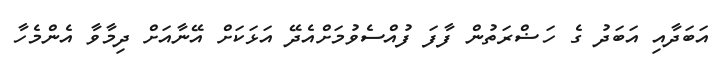
އަބަދާއި އަބަދު ގެ ހަޟްރަތުން ފާފަ ފުއްސެވުމަށްއެދޭ އަޅަކަށް އޭނާއަށް ދިމާވާ އެންމެހާ